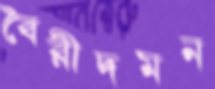
বৈরীদমন